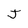
Character: J